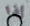
إذا